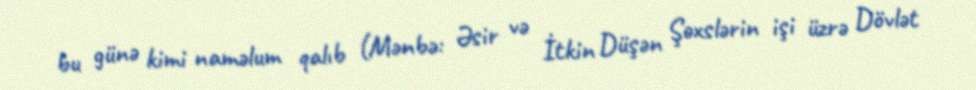
bu günə kimi naməlum qalıb (Mənbə: Əsir və İtkin Düşən Şəxslərin işi üzrə Dövlət